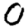
Digit: 0